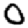
Digit: 0